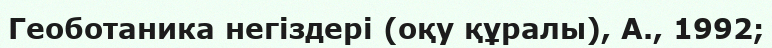
Геоботаника негіздері (оқу құралы), А., 1992;